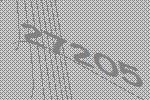
27205